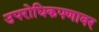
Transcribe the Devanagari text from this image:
उपरोधिकपणावर